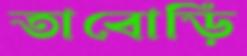
তাবোড়ি